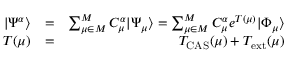
\begin{array} { r l r } { | \Psi ^ { \alpha } \rangle } & { = } & { \sum _ { \mu \in { \cal M } } ^ { M } C _ { \mu } ^ { \alpha } | \Psi _ { \mu } \rangle = \sum _ { \mu \in { \cal M } } ^ { M } C _ { \mu } ^ { \alpha } e ^ { T ( \mu ) } | \Phi _ { \mu } \rangle } \\ { T ( \mu ) } & { = } & { T _ { \mathrm { C A S } } ( \mu ) + T _ { \mathrm { e x t } } ( \mu ) } \end{array}